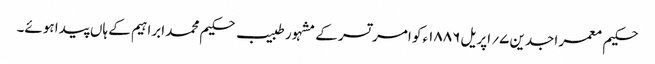
حکیم معمر اجدین ۷؍ اپریل ۱۸۸۶ء کو امر تسر کے مشہور طبیب حکیم محمد ابراہیم کے ہاں پیدا ہوئے۔